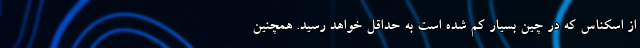
از اسکناس که در چین بسیار کم شده است به حداقل خواهد رسید. همچنین